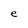
Character: e